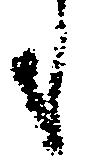
も